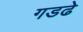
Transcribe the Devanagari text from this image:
गडढे